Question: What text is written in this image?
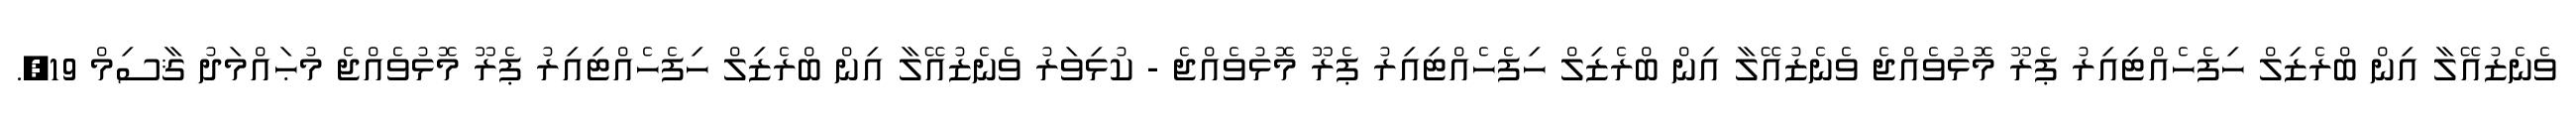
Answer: ވެނެޒުއޭލާ އިން ބްރެޒިލް ހިފެހެއްޓިއިރު ޕެރޫ މޮޅުވެއްޖެ ވެނެޒުއޭލާ އިން ބްރެޒިލް ހިފެހެއްޓިއިރު ޕެރޫ މޮޅުވެއްޖެ - ކުޅިވަރު ވެނެޒުއޭލާ އިން ބްރެޒިލް ހިފެހެއްޓިއިރު ޕެރޫ މޮޅުވެއްޖެ މުޙައްމަދު ޤާސިމް 19,.